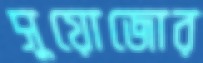
সুয়োজোর